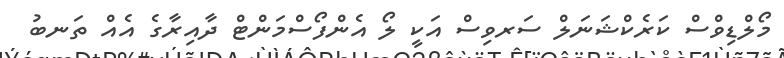
މޯލްޑިވްސް ކަރެކްޝަނަލް ސަރވިސް އަކީ ލޯ އެންފޯސްމަންޓް ދާއިރާގެ އެއް ތަނބު